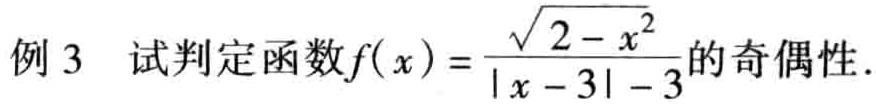
例 3 试判定函数\(f(x)=\frac{\sqrt{2 - x^{2}}}{\vert x - 3\vert - 3}\)的奇偶性.